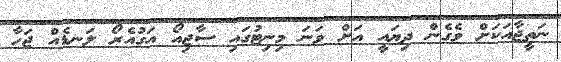
ނަތީޖާއަކަށް ވެގެން ދިޔައީ އަށް ވަނަ މިނިޓުގައި ސާޖިއޯ އަގުއެރޯ ލަނޑެއް ޖަހާ